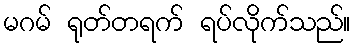
မဂမ် ရုတ်တရက် ရပ်လိုက်သည်။